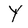
Character: Y